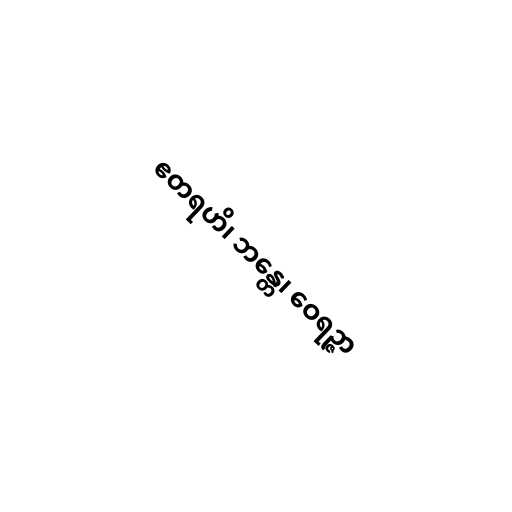
ဧတရဟိ၊ ဘန္တေ၊ ဝေရဉ္ဇာ